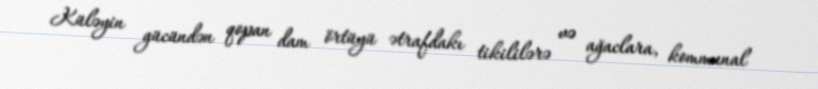
Küləyin gücündən qopan dam örtüyü ətrafdakı tikililərə və ağaclara, kommunal